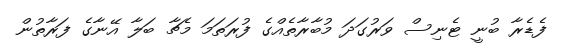
ފެޑެރާ ބުނީ ޓެނިސް ވަރުގަދަ މުބާރާތެއްގެ ފުރަތަމަ މެޗާ ބަލާ އޭނާގެ ފަރާތުން